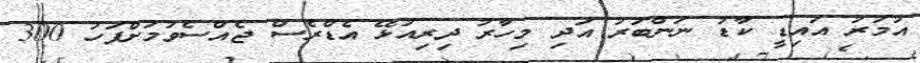
އުމުރު އައިޑީ ކާޑު ނަންބަރު އަދި މިހާރު ދިރިއުޅޭ އެޑްރެސް ޖެއްސެވުމަށްފަހު 300